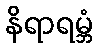
နိရာရမ္ဘံ